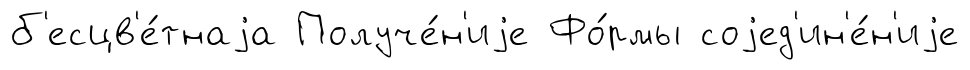
б'есцв'е́тнаjа Получе́н'иjе Фо́рмы соjед'ин'е́н'иjе